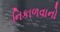
નિકાળવાનો